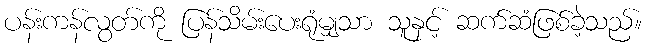
ပန်းကန်လွတ်ကို ပြန်သိမ်းပေးရုံမျှသာ သူနှင့် ဆက်ဆံဖြစ်ခဲ့သည်။